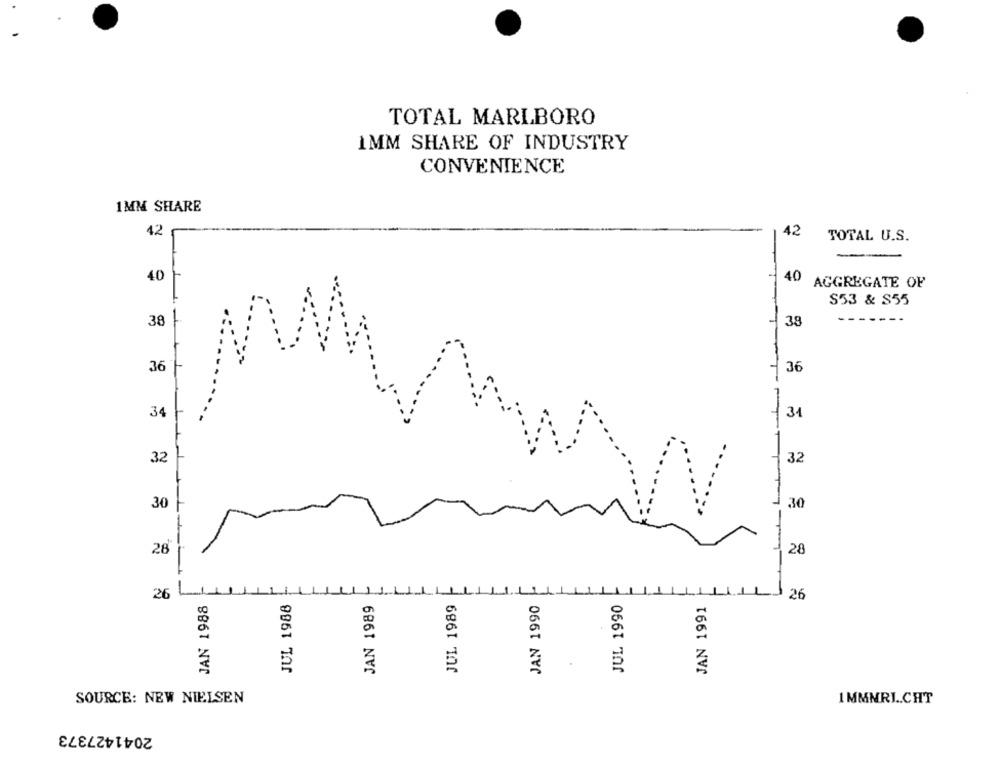
TOTAL MARLBORO
1MM SHARE OF INDUSTRY
CONVENIENCE
1MM SHARE
42
42
TOTAL U.S.
40
AGGREGATE OF
S53 & S55
38
38
---
36
36
34
34
32
32
WMW
30
30
28
28
26
JAN 1988
JUL 1988
JAN 1989
JUL 1989
JAN 1990
JUL 1990
JAN 1991
26
SOURCE: NEW NIELSEN
1 MMNRI .. CHT
2041427373